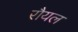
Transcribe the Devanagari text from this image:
रौयल